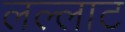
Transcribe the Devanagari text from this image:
लल्लाट